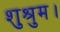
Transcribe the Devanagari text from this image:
शुश्रुम।